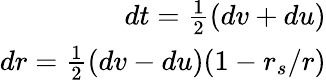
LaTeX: \begin{array}{r}{dt=\frac{1}{2}(dv+du)}\\ {dr=\frac{1}{2}(dv-du)(1-r_{s}/r)}\end{array}